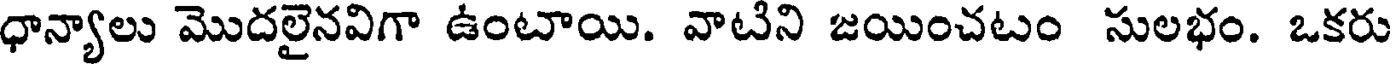
ధాన్యాలు మొదలైనవిగా ఉంటాయి. వాటిని జయించటం సులభం. ఒకరు